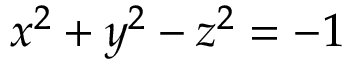
x ^ { 2 } + y ^ { 2 } - z ^ { 2 } = - 1